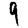
Digit: 9